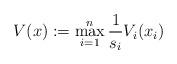
LaTeX: \begin{align*} V(x) := \max_{i=1}^{n} \dfrac{1}{s_i} V_i(x_i)\end{align*}